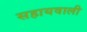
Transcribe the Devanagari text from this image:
सहायवाली